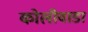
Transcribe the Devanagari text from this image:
कोलीवाडा